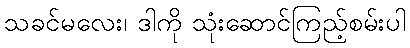
သခင်မလေး၊ ဒါကို သုံးဆောင်ကြည့်စမ်းပါ